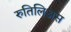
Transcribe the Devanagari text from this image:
रुतिलिअस